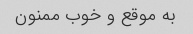
به موقع و خوب ممنون